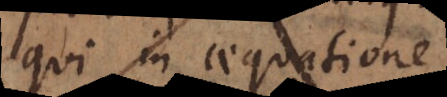
erat in aequatione;